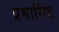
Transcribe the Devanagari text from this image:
प्रभामित्र